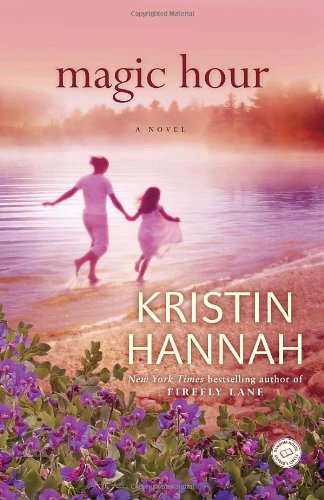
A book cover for Magic Hour: A Novel; Kristin Hannah; Literature & Fiction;